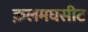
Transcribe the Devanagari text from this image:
क़लमघसीट